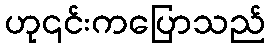
ဟု၎င်းကပြောသည်